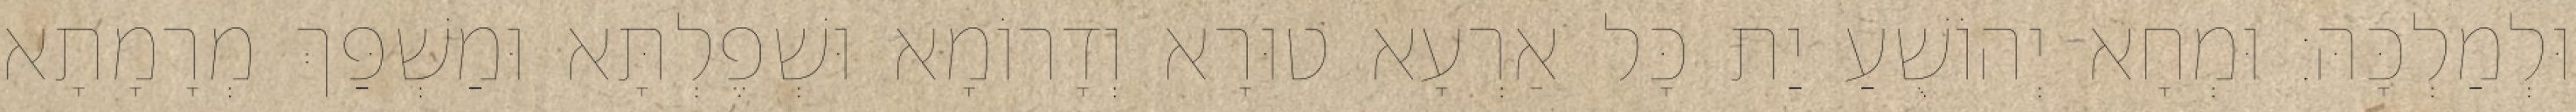
וּלְמַלְכָּהּ׃ וּמְחָא יְהוֹשֻׁעַ יַת כָּל אַרְעָא טוּרָא וְדָרוֹמָא וּשְׁפֶלְתָּא וּמַשְׁפַּךְ מְרָמָתָא